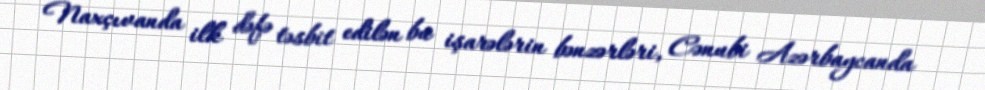
Naxçıvanda ilk dəfə təsbit edilən bu işarələrin bənzərləri, Cənubi Azərbaycanda